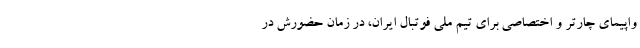
واپیمای چارتر و اختصاصی برای تیم ملی فوتبال ایران، در زمان حضورش در